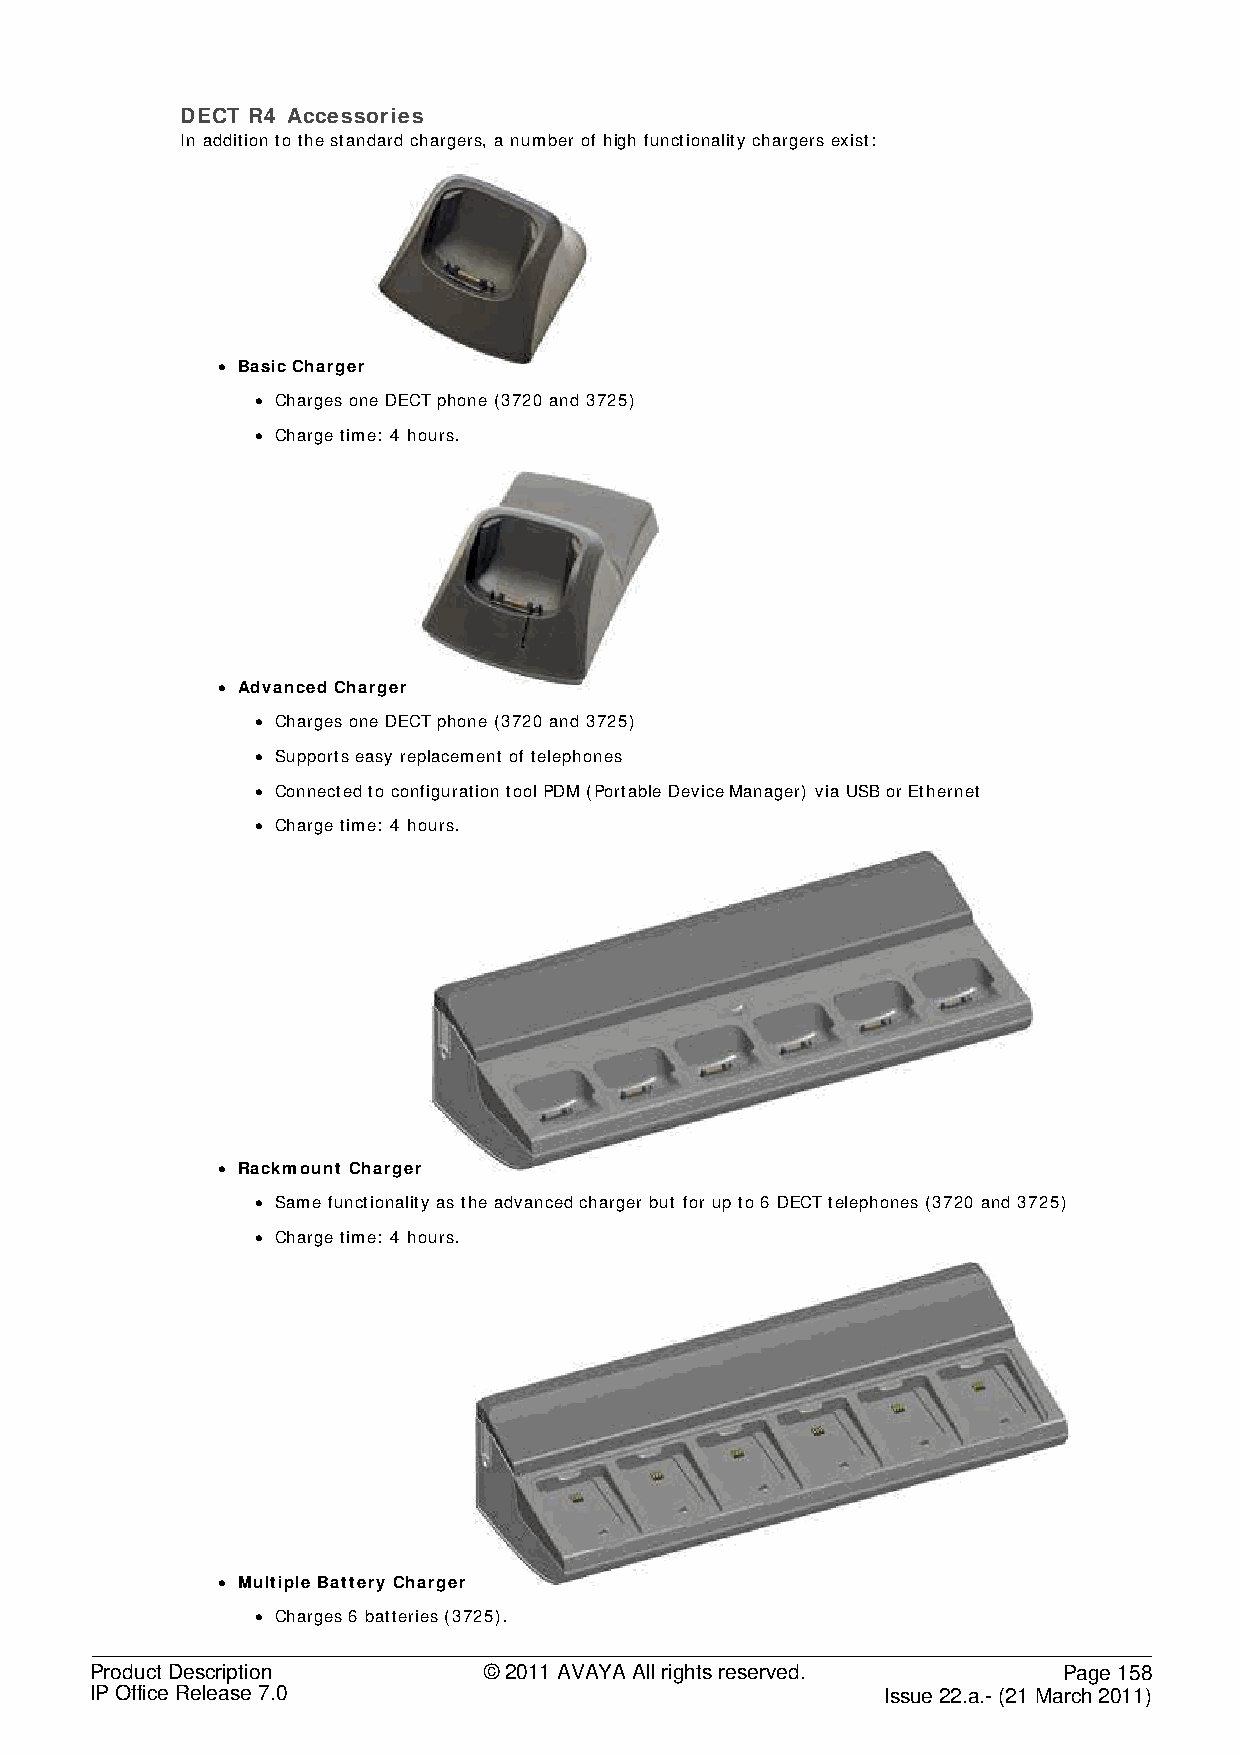
DECT R4 Accessories
 In addition to the standard chargers, a number of high functionality chargers exist:
 • Basic Charger
 • Charges one DECT phone (3720 and 3725)
 • Charge time: 4 hours.
 • Advanced Charger
 • Charges one DECT phone (3720 and 3725)
 • Supports easy replacement of telephones
 • Connected to configuration tool PDM (Portable Device Manager) via USB or Ethernet
 • Charge time: 4 hours.
 • Rackmount Charger
 • Same functionality as the advanced charger but for up to 6 DECT telephones (3720 and 3725)
 • Charge time: 4 hours.
 • Multiple Battery Charger
 • Charges 6 batteries (3725).
 Product Description       © 2011 AVAYA All rights reserved.     Page 158
 IP Office Release 7.0                                Issue 22.a.- (21 March 2011)